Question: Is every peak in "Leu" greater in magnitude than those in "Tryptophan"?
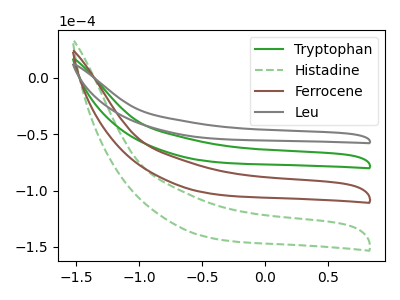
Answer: <think>The green curve "Tryptophan" has no peaks. The green dashed curve "Histadine" has no peaks. The brown curve "Ferrocene" has no peaks. The gray curve "Leu" has no peaks.</think>
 <answer>Niether CV has any peaks.</answer>
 <eval>blanks</eval>